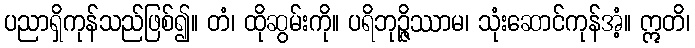
ပညာရှိကုန်သည်ဖြစ်၍။ တံ၊ ထိုဆွမ်းကို။ ပရိဘုဉ္ဇိဿာမ၊ သုံးဆောင်ကုန်အံ့။ ဣတိ၊